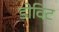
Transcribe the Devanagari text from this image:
डोविट